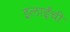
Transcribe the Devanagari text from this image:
इलाईंची